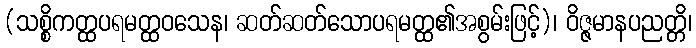
(သစ္စိကတ္ထပရမတ္ထဝသေန၊ ဆတ်ဆတ်သောပရမတ္ထ၏အစွမ်းဖြင့်)၊ ဝိဇ္ဇမာနပညတ္တိ၊